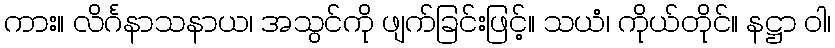
ကား။ လိင်္ဂနာသနာယ၊ အသွင်ကို ဖျက်ခြင်းဖြင့်။ သယံ၊ ကိုယ်တိုင်။ နဋ္ဌာ ဝါ၊